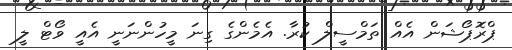
ޕްރޮޕޯޝަން އެއް ތަމްސީލް ކުރާ. އެމެންގެ ގިނަ މީހުންނަނީ އެއީ ވޯޓް ލީ